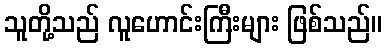
သူတို့သည် လူဟောင်းကြီးများ ဖြစ်သည်။